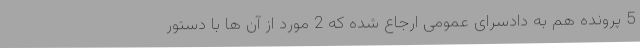
5 پرونده هم به دادسرای عمومی ارجاع شده که 2 مورد از آن ها با دستور